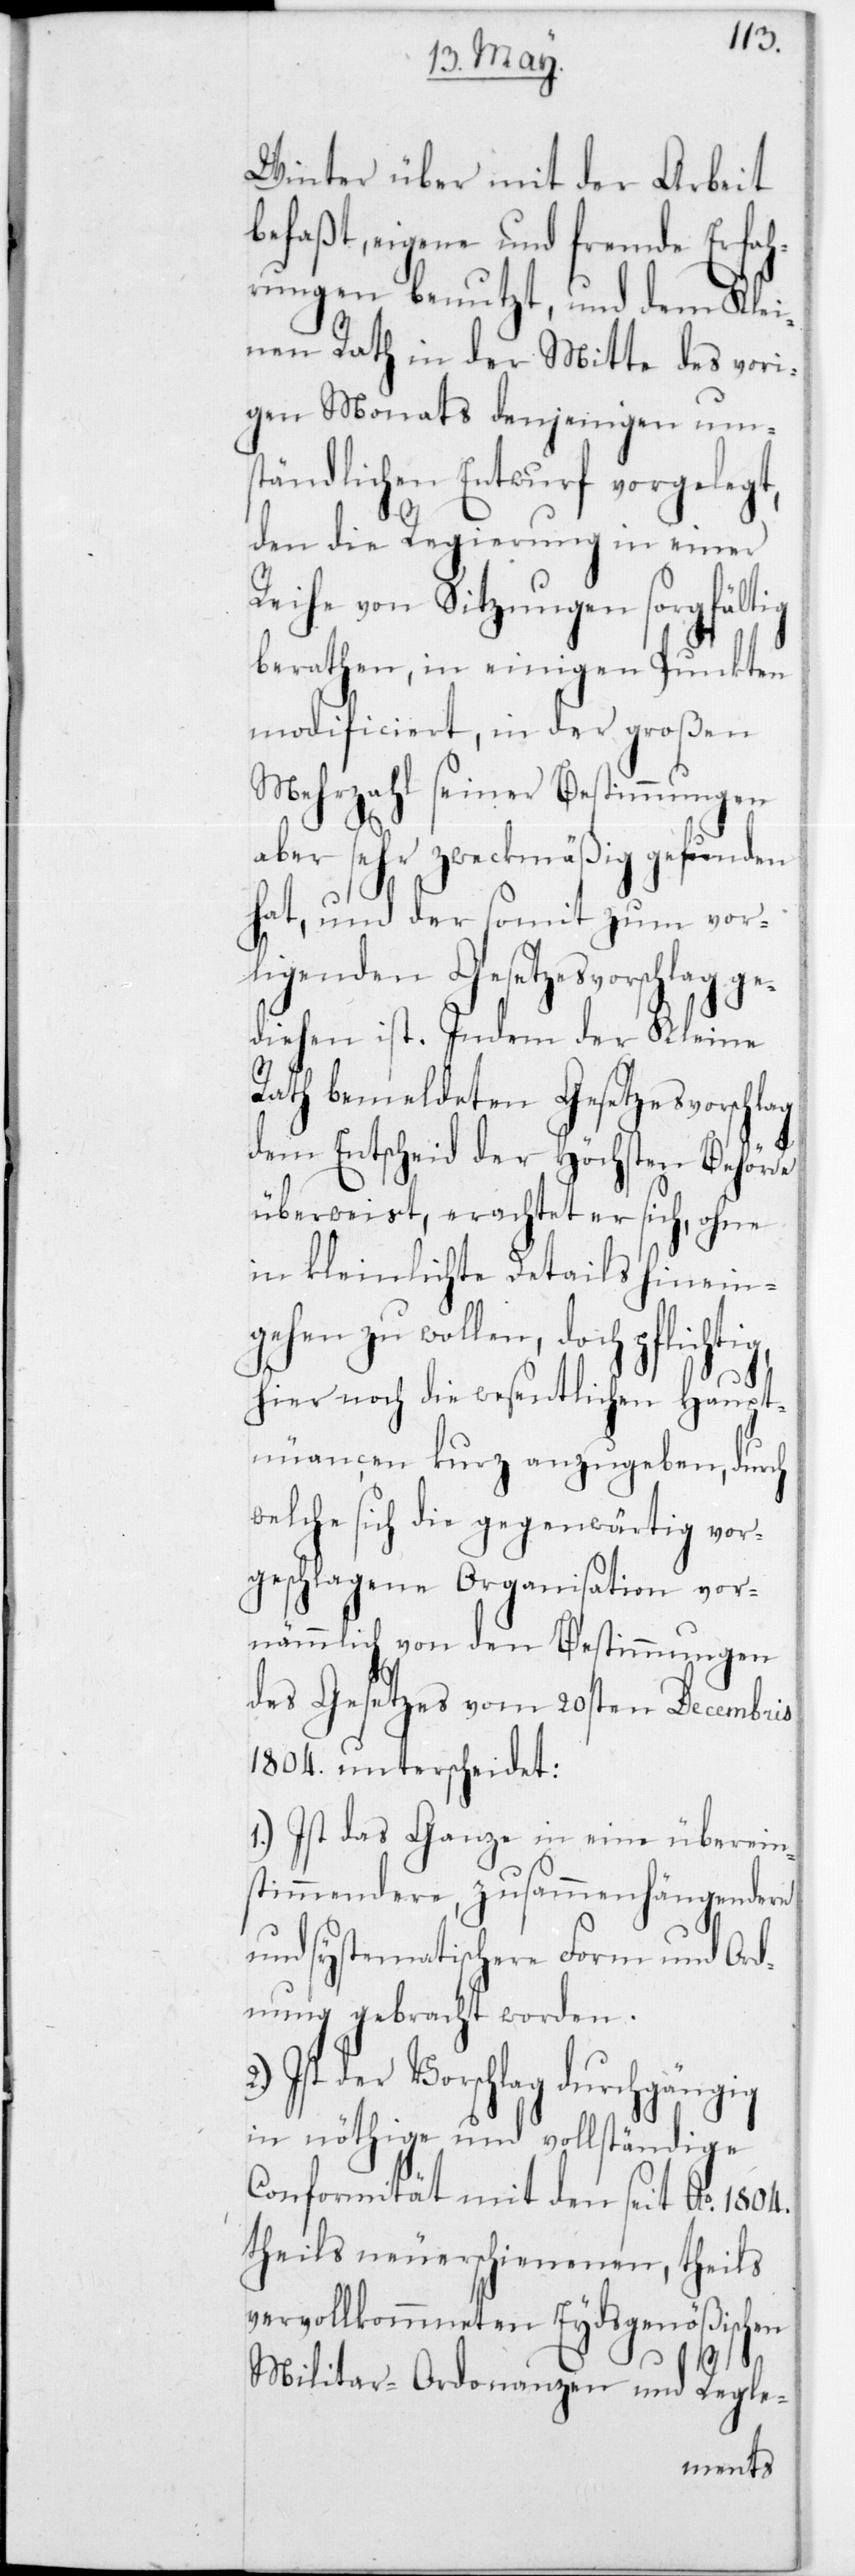
Winter über mit der Arbeit
befaßt, eigene und fremde Erfa¬
hrungen benutzt, und dem Kle¬
inen Rath in der Mitte des vori¬
gen Monats denjenigen ums¬
tändlichen Entwurf
den die Regierung in einer
Reihe von Sitzungen sorgfältig
berathen, in einigen
ig,
modificiert, in der großen
Mehrzahl seiner Bestimmungen
aber sehr zweckmäßig gefunden
hat, und der somit zum vor¬
liegenden Gesetzesvorschlag ge¬
diehen ist. Indem der Kleine
Rath bemeldeten Gesetzesvorschlag
dem Entscheid der Höchsten Behörde
überweist, erachtet er sich, ohne
in kleinlichste Details hinein¬
gehen zu wollen, doch pflicht¬
hier noch die wesentlichen Haupt¬
nuancen kurz anzugeben, durch
welche sich die gegenwärtig vor¬
geschlagene Organisation vor¬
nämmlich von den Bestimmungen
des Gesetzes vom 20sten Decembris
1804 unterscheidet:
1.) Ist das Ganze in eine überein¬
stimmendere, zusammenhängendere
und systematischere Form und Ord¬
nung gebracht worden.
Ist der Vorschlag durchgängig
in nöthige und vollständige
Conformität mit den seit A 1804
theils neuerschienenen, theils
vervollkommneten Eydsgenößischen
Militar-Ordonanzen und Regle-